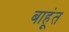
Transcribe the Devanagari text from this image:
बाहूंत